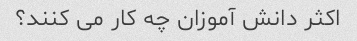
اکثر دانش آموزان چه کار می کنند؟